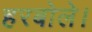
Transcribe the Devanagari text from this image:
हरबोले।